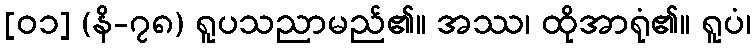
[၀၁] (နိ-၇၈) ရူပသညာမည်၏။ အဿ၊ ထိုအာရုံ၏။ ရူပံ၊